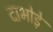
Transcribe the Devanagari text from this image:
दाभोड़े